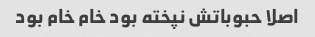
اصلا حبوباتش نپخته بود خام خام بود